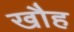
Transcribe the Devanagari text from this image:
खौह